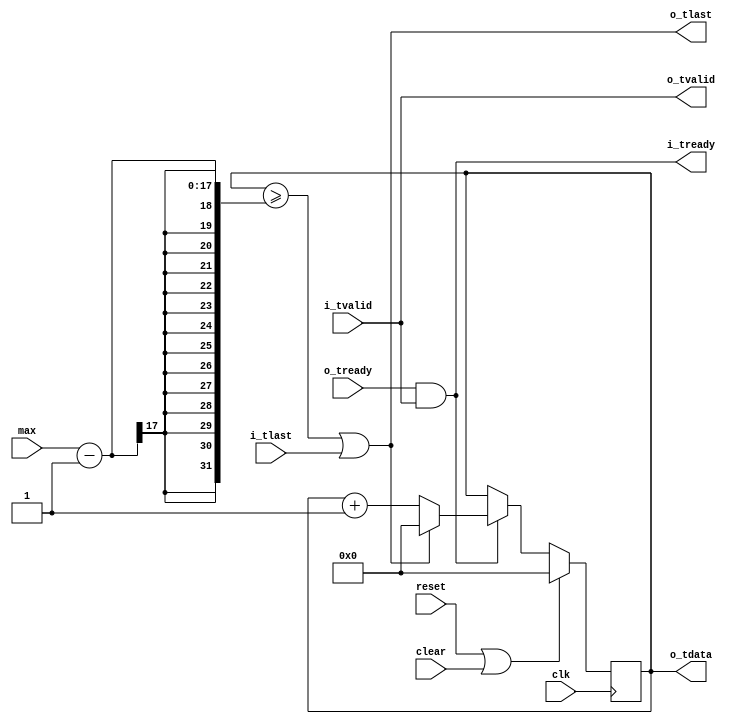
//
// Copyright 2014 Ettus Research LLC
// Copyright 2018 Ettus Research, a National Instruments Company
//
// SPDX-License-Identifier: LGPL-3.0-or-later
//
// Simple counter, reset by i_tlast on input side.  i_tdata not connected
//  Most useful for indexing a RAM, creating a ramp, etc.

module counter
  #(parameter WIDTH=16)
   (input clk, input reset, input clear,
    input [WIDTH:0] max,
    input i_tlast, input i_tvalid, output i_tready,
    output [WIDTH-1:0] o_tdata, output o_tlast, output o_tvalid, input o_tready);

   reg [WIDTH-1:0]     count;
   
   wire 	       do_it = o_tready & i_tvalid;
   wire 	       done = (count >= (max-1));
   
   always @(posedge clk)
     if(reset | clear)
       count <= 0;
     else
       if(do_it)
	 if( done | i_tlast )
	   count <= 0;
   	 else
	   count <= count + 1;
   
   assign o_tdata = count;
   assign o_tlast = done | i_tlast;
   assign o_tvalid = i_tvalid;
   assign i_tready = do_it;
   
endmodule // counter